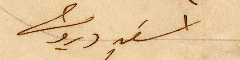
اسَعد درويش